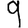
Digit: 9